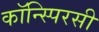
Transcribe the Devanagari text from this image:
कॉन्स्पिरसी